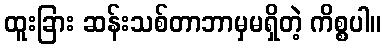
ထူးခြား ဆန်းသစ်တာဘာမှမရှိတဲ့ ကိစ္စပါ။